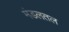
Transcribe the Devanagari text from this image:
मंडलतल